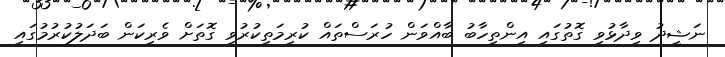
ނަޝީދު ވިދާޅުވި ގޮތުގައި އިންތިހާބު ބާއްވަން ހުރަސްތައް ކުރިމަތިކުރުވި ގޮތަށް ވެރިކަން ބަދަލުކުރުމުގައި